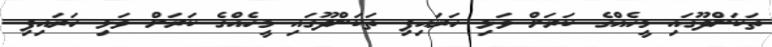
ތަކަންދޫގައި މީހެއްގެ ކަރަށް ވަޅި ހަރައިފި ތަކަންދޫގައި މީހެއްގެ ކަރަށް ވަޅި ހަރައިފި